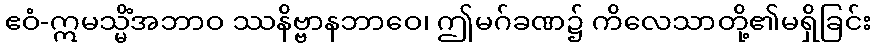
ဧဝံ-ဣမသ္မိံအဘာဝ ဿနိဗ္ဗာနဘာဝေ၊ ဤမဂ်ခဏ၌ ကိလေသာတို့၏မရှိခြင်း